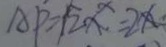
A P = \sqrt { 2 } x = 2 x